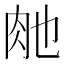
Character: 𮌊